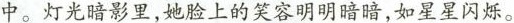
中。灯光暗影里，她脸上的笑容明明暗暗，如星星闪烁。